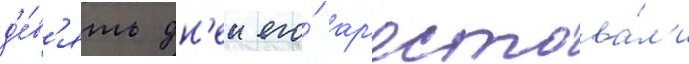
д'е́в'ять дн'еи его́ ар'естова́л'и